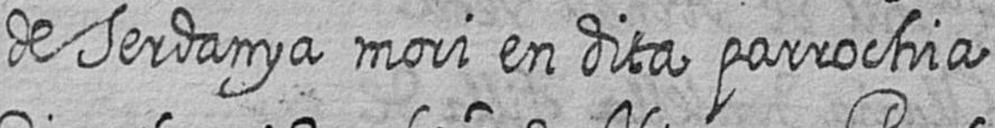
de Serdanya mori en dita parrochia